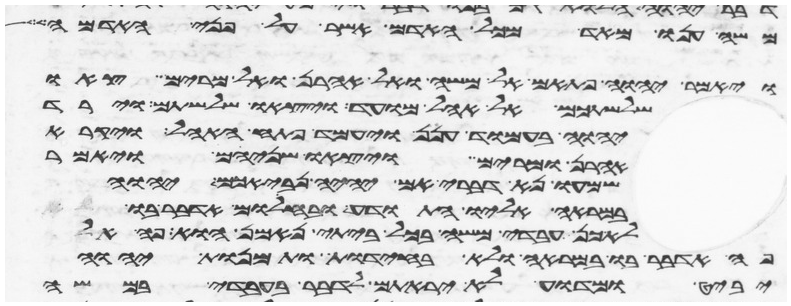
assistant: משה ענו מאד מכל האדם אשר על פני האדמה
ויאמר יהוה פתאם אל משה ואל אהרן ואל מרים צאו
שלשתכם אל אהל מועד ויצאו שלשתם וירד
יהוה בעמוד הענן ויעמד פתח האהל ויקרא
אהרן ומרים ויצאו שניהם ויאמר
שמעו נא דברי אם יהיה נביאכם יהוה
במראה אליו התודע ובחלום אדבר בו
לא כן עבדי משה בכל ביתי נאמן הוא פה אל
פה אדבר בו במראה ולא בחידת ותמונת יהוה
יביט ומדוע לא יראתם לדבר בעבדי במשה